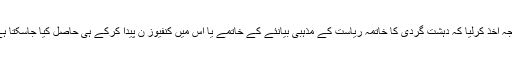
پرویز مشرف نے بھی یہی نتیجہ اخذ کرلیا کہ دہشت گردی کا خاتمہ ریاست کے مذہبی بیانئے کے خاتمے یا اس میں کنفیوز ن پیدا کرکے ہی حاصل کیا جاسکتا ہے یعنی \”بیانیہ بمقابلہ بیانیہ\”۔